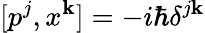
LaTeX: [p^{j},x^{\mathbf{k}}]=-i\hbar\delta^{j\mathbf{k}}